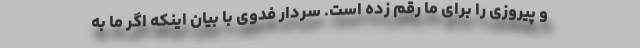
و پیروزی را برای ما رقم زده است. سردار فدوی با بیان اینکه اگر ما به